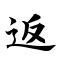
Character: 返